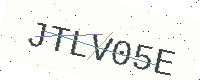
Text: JTLV05E